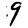
Digit: 9